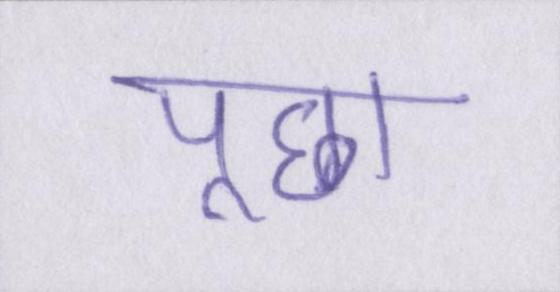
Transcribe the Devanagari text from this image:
पूछा